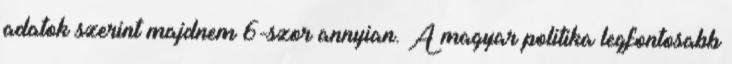
adatok szerint majdnem 6-szor annyian. A magyar politika legfontosabb